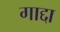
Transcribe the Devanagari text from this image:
गाद्दा